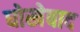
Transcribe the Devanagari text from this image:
धोखेबाद